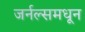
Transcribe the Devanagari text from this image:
जर्नल्समधून